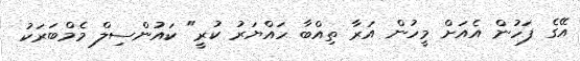
އޭގެ ފަހުން އެއަށް މީހުން އަރާ ތިއްބާ ހައްޔަރު ކުރީ" ކައުންސިލް މެމްބަރަކު